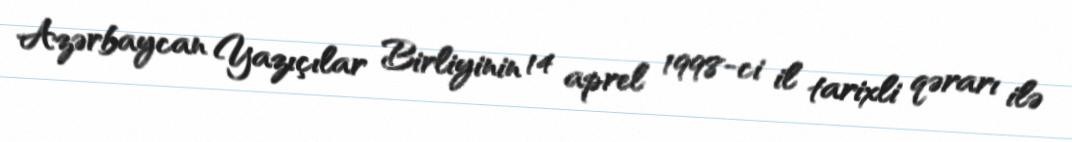
Azərbaycan Yazıçılar Birliyinin 14 aprel 1998-ci il tarixli qərarı ilə